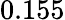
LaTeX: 0.155